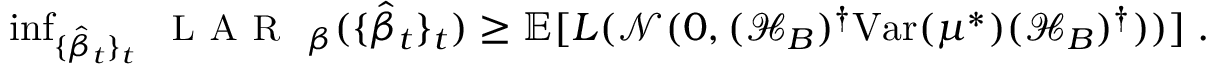
\begin{array} { r } { \operatorname* { i n f } _ { \{ \hat { \beta } _ { t } \} _ { t } } { \small \textsc { { L A R } } } _ { \beta } ( \{ \hat { \beta } _ { t } \} _ { t } ) \geq { \mathbb E } [ L ( { \mathcal { N } } ( 0 , ( { \mathcal { H } } _ { B } ) ^ { \dagger } { \operatorname { V a r } } ( { \mu ^ { * } } ) ( { \mathcal { H } } _ { B } ) ^ { \dagger } ) ) ] \; . } \end{array}